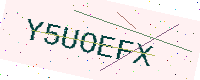
Text: Y5UOEFX